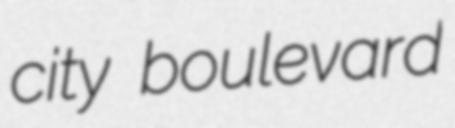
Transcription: city boulevard